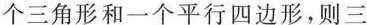
个三角形和一个平行四边形，则三